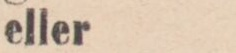
eller